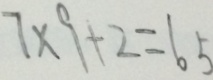
7 \times 9 + 2 = 6 5